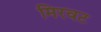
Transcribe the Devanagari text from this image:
मिरवट